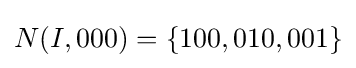
N(I,000)=\{100,010,001\}